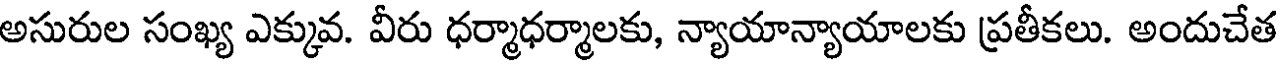
అసురుల సంఖ్య ఎక్కువ. వీరు ధర్మాధర్మాలకు, న్యాయాన్యాయాలకు ప్రతీకలు. అందుచేత